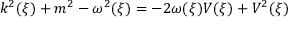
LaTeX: k ^ { 2 } ( \xi ) + m ^ { 2 } - \omega ^ { 2 } ( \xi ) = - 2 \omega ( \xi ) V ( \xi ) + V ^ { 2 } ( \xi )